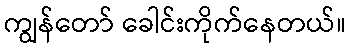
ကျွန်တော် ခေါင်းကိုက်နေတယ်။